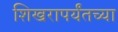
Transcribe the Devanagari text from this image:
शिखरापर्यंतच्या